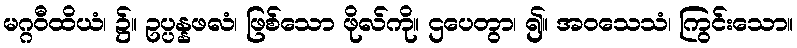
မဂ္ဂဝီထိယံ၊ ၌။ ဥပ္ပန္နဖလံ၊ ဖြစ်သော ဖိုလ်ကို။ ဌပေတွာ၊ ၍။ အဝသေသံ၊ ကြွင်းသော။